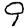
Digit: 9